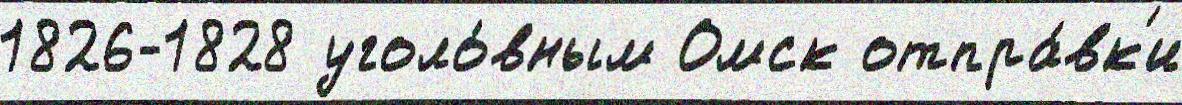
1826-1828 уголо́вным Омск отпра́вк'и